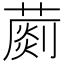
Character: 𦺶